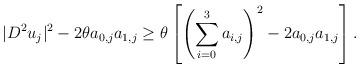
LaTeX: \begin{align*} |D^2 u_j|^2 -2 \theta a_{0,j} a_{1,j} \geq \theta \left[\left( \sum_{i=0}^3 a_{i,j} \right)^2 -2 a_{0,j} a_{1,j} \right].\end{align*}